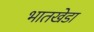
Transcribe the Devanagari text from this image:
भातखेडा